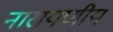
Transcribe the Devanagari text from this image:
नारायणीय